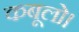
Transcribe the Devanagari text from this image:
कबूलो।